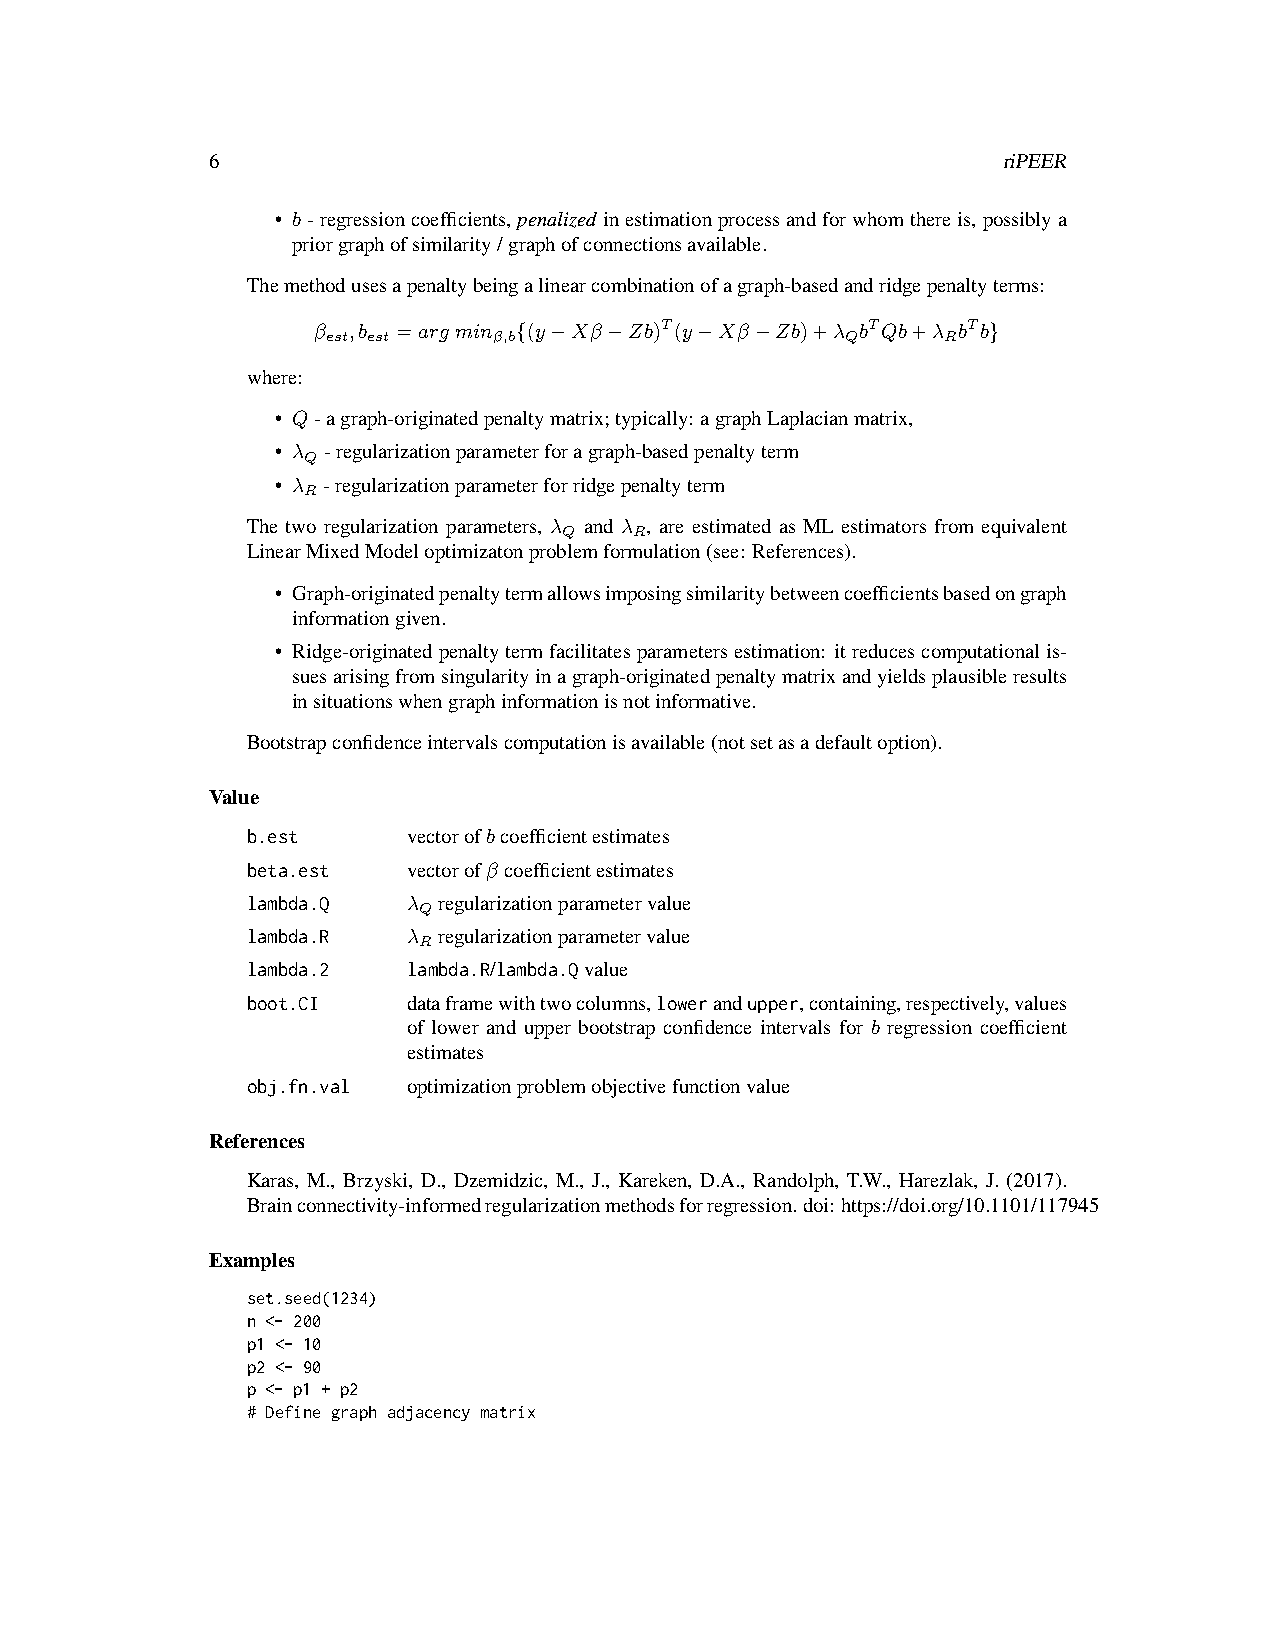
6                                                   riPEER
 • b-regressioncoefficients,penalized inestimationprocessandforwhomthereis,possiblya
 priorgraphofsimilarity/graphofconnectionsavailable.
 Themethodusesapenaltybeingalinearcombinationofagraph-basedandridgepenaltyterms:
 β ,b =arg min {(y−Xβ−Zb)T(y−Xβ−Zb)+λ bTQb+λ bTb}
 est est    β,b                    Q      R
 where:
 • Q-agraph-originatedpenaltymatrix;typically: agraphLaplacianmatrix,
 • λ -regularizationparameterforagraph-basedpenaltyterm
 Q
 • λ -regularizationparameterforridgepenaltyterm
 R
 The two regularization parameters, λ and λ , are estimated as ML estimators from equivalent
 Q    R
 LinearMixedModeloptimizatonproblemformulation(see: References).
 • Graph-originatedpenaltytermallowsimposingsimilaritybetweencoefficientsbasedongraph
 informationgiven.
 • Ridge-originatedpenaltytermfacilitatesparametersestimation: itreducescomputationalis-
 suesarisingfromsingularityinagraph-originatedpenaltymatrixandyieldsplausibleresults
 insituationswhengraphinformationisnotinformative.
 Bootstrapconfidenceintervalscomputationisavailable(notsetasadefaultoption).
 Value
 b.est      vectorofbcoefficientestimates
 beta.est   vectorofβ coefficientestimates
 lambda.Q   λ regularizationparametervalue
 Q
 lambda.R   λ regularizationparametervalue
 R
 lambda.2   lambda.R/lambda.Qvalue
 boot.CI    dataframewithtwocolumns,lowerandupper,containing,respectively,values
 of lower and upper bootstrap confidence intervals for b regression coefficient
 estimates
 obj.fn.val optimizationproblemobjectivefunctionvalue
 References
 Karas, M., Brzyski, D., Dzemidzic, M., J., Kareken, D.A., Randolph, T.W., Harezlak, J. (2017).
 Brainconnectivity-informedregularizationmethodsforregression.doi:https://doi.org/10.1101/117945
 Examples
 set.seed(1234)
 n <- 200
 p1 <- 10
 p2 <- 90
 p <- p1 + p2
 # Define graph adjacency matrix